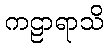
ကဠာရာသိ